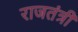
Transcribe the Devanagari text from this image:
राजतंत्री